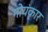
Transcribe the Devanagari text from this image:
गोयंकार